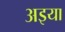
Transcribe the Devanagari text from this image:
अइया